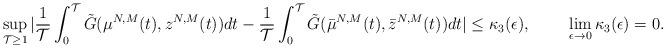
LaTeX: \begin{align*}\sup_{\mathcal{T} \geq 1}|\frac{1}{\mathcal{T}}\int_0^{\mathcal{T}} \tilde G(\mu^{N,M}(t),z^{N,M}(t))dt - \frac{1}{\mathcal{T}}\int_0^{\mathcal{T}} \tilde G(\bar \mu^{N,M}(t),\bar z^{N,M}(t))dt|\leq \kappa_3(\epsilon), \ \ \ \ \ \ \ \lim_{\epsilon\rightarrow 0}\kappa_3(\epsilon) =0.\end{align*}